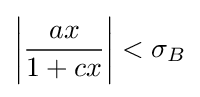
\left|{\frac {ax}{1+cx}}\right|<\sigma _{B}